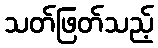
သတ်ဖြတ်သည့်